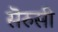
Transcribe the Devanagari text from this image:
सॆरुसी